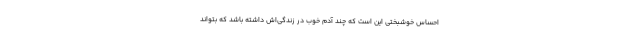
احساس خوشبختی این است که چند آدم خوب در زندگی‌اش داشته باشد که بتواند